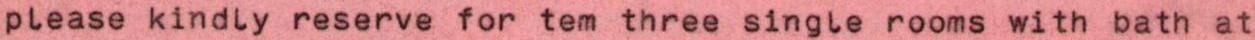
please kindly reserve for tem three single rooms with bath at